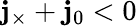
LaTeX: \mathbf{j}_{\times}+\mathbf{j}_{0}<0